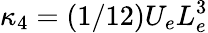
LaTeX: \kappa_{4}=(1/12)U_{e}L_{e}^{3}